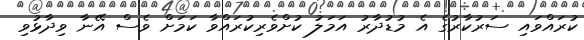
ކުރައްވައި ސަރުކާރުގެ އެ މުޑުދާރު އަމަލު ކުށްވެރިކުރައްވާ ކަމަށް ވެސް އޭނާ ވިދާޅުވި